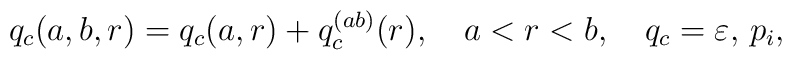
q_c(a,b,r)=q_c(a,r)+q_c^{(ab)}(r),\quad a<r<b, \quad q_c=\varepsilon ,\, p_i,